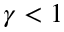
\gamma < 1